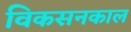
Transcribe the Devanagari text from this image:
विकसनकाल